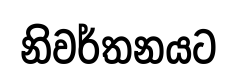
නිවර්තනයට